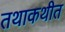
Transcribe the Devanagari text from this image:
तथाकथीत